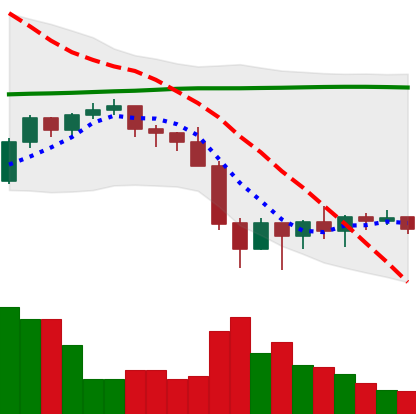
Ticker: BNB-USD
Chart end date: 2022-01-30
Forward return: 5.672%
Label: up_5_7